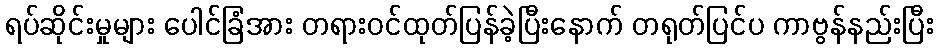
ရပ်ဆိုင်းမှုများ ပေါင်ခြံအား တရားဝင်ထုတ်ပြန်ခဲ့ပြီးနောက် တရုတ်ပြင်ပ ကာဗွန်နည်းပြီး